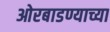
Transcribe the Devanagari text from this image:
ओरबाडण्याच्या